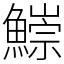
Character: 𩻃